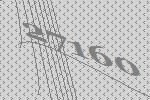
27160